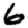
Digit: 6